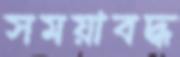
সময়াবদ্ধ